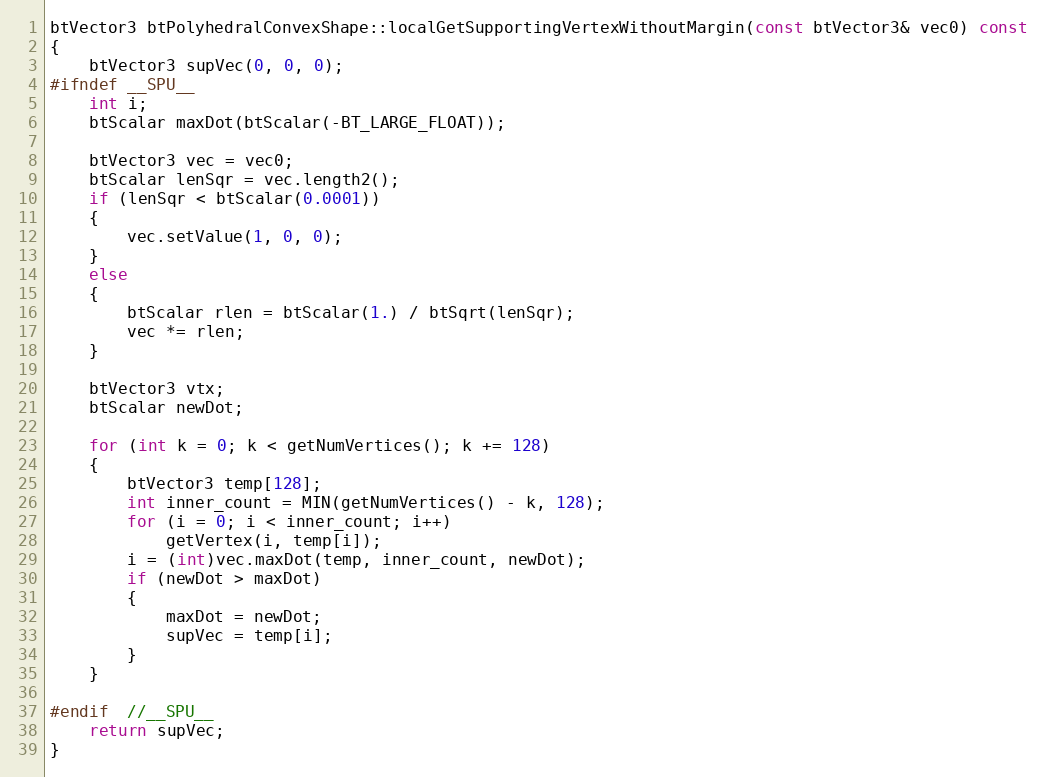
Language: C++
btVector3 btPolyhedralConvexShape::localGetSupportingVertexWithoutMargin(const btVector3& vec0) const
{
	btVector3 supVec(0, 0, 0);
#ifndef __SPU__
	int i;
	btScalar maxDot(btScalar(-BT_LARGE_FLOAT));

	btVector3 vec = vec0;
	btScalar lenSqr = vec.length2();
	if (lenSqr < btScalar(0.0001))
	{
		vec.setValue(1, 0, 0);
	}
	else
	{
		btScalar rlen = btScalar(1.) / btSqrt(lenSqr);
		vec *= rlen;
	}

	btVector3 vtx;
	btScalar newDot;

	for (int k = 0; k < getNumVertices(); k += 128)
	{
		btVector3 temp[128];
		int inner_count = MIN(getNumVertices() - k, 128);
		for (i = 0; i < inner_count; i++)
			getVertex(i, temp[i]);
		i = (int)vec.maxDot(temp, inner_count, newDot);
		if (newDot > maxDot)
		{
			maxDot = newDot;
			supVec = temp[i];
		}
	}

#endif  //__SPU__
	return supVec;
}